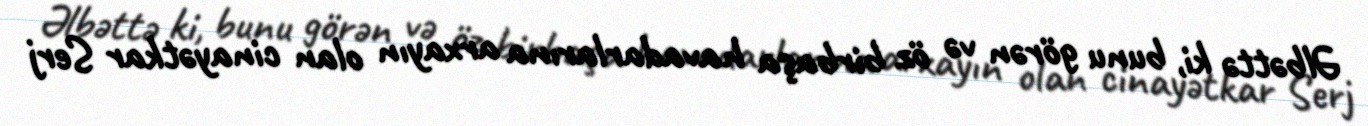
Əlbəttə ki, bunu görən və öz birbaşa havadarlarına arxayın olan cinayətkar Serj